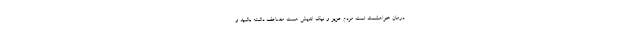
درمان خواهشمند است مردم عزیز و نیک اندیش همت مضاعف داشته باشید و